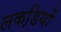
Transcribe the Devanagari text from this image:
लकडि़यों